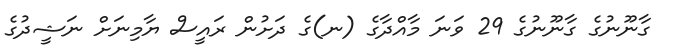
ގާނޫނުގެ ގާނޫނުގެ 29 ވަނަ މާއްދާގެ (ނ)ގެ ދަށުން ރައީސް ޔާމިނަށް ނަޝީދުގެ